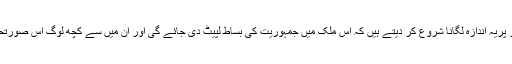
ہمارے ملک کی سیاست ہی ایسی ہے کہ گلی ، محلے، چوراہوں اور ہوٹلوں میں بیٹھے لوگ اپنے طور پریہ اندازہ لگانا شروع کر دیتے ہیں کہ اس ملک میں جمہوریت کی بساط لپیٹ دی جائے گی اور ان میں سے کچھ لوگ اس صورتحال کی طرف دیکھتے ہوئے موسمی پرندوں کی طرح اپنے گھونسلے تلاش کرنا شروع کر دیتے ہیں۔